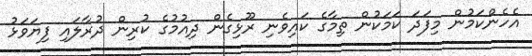
އެހެންކަމުން މިފަދަ ކަމަކުން ތިމާގެ ކައިވެނި ރޫޅިގެން ދިއުމުގެ ކުރިން ދުރާލައި ފިޔަވަޅު